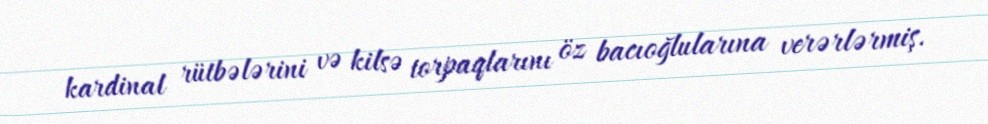
kardinal rütbələrini və kilsə torpaqlarını öz bacıoğlularına verərlərmiş.